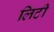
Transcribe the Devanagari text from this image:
लिटी